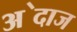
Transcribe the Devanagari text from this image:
अ॓दाज